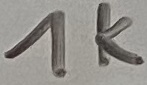
Text: 1K